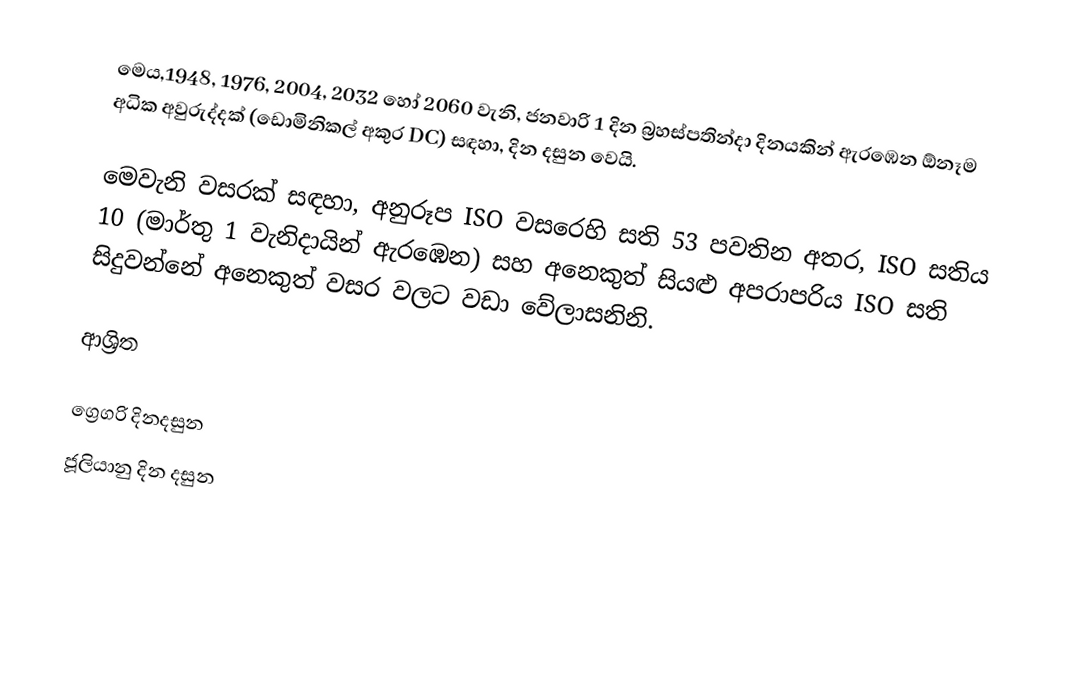
මෙය,1948, 1976, 2004, 2032 හෝ 2060 වැනි, ජනවාරි 1 දින බ්‍රහස්පතින්දා දිනයකින් ඇරඹෙන ඕනෑම  අධික අවුරුද්දක්  (ඩොමිනිකල් අකුර DC) සඳහා,  දින දසුන වෙයි.

මෙවැනි වසරක් සඳහා, අනුරූප ISO වසරෙහි සති 53 පවතින අතර, ISO සතිය 10 (මාර්තු 1 වැනිදායින් ඇරඹෙන) සහ අනෙකුත් සියළු අපරාපරිය ISO සති සිදුවන්නේ අනෙකුත් වසර වලට වඩා වේලාසනිනි.

ආශ්‍රිත

ග්‍රෙගරි දිනදසුන
ජූලියානු දින දසුන